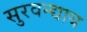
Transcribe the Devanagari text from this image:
सुरवन्द्याय